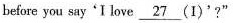
before you say'I love \underline {27} (I)'?"